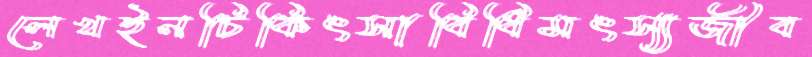
লেখইনচিকিৎসাবিধিমৎস্যজীব